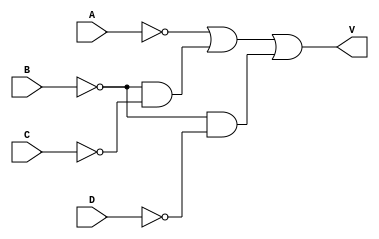
// Valid bit for control Signal 

module Valid (A, B, C, D, V);
input A, B, C, D;
output V;

assign V = ~A | (~B&~C) | (~B&~D);

endmodule